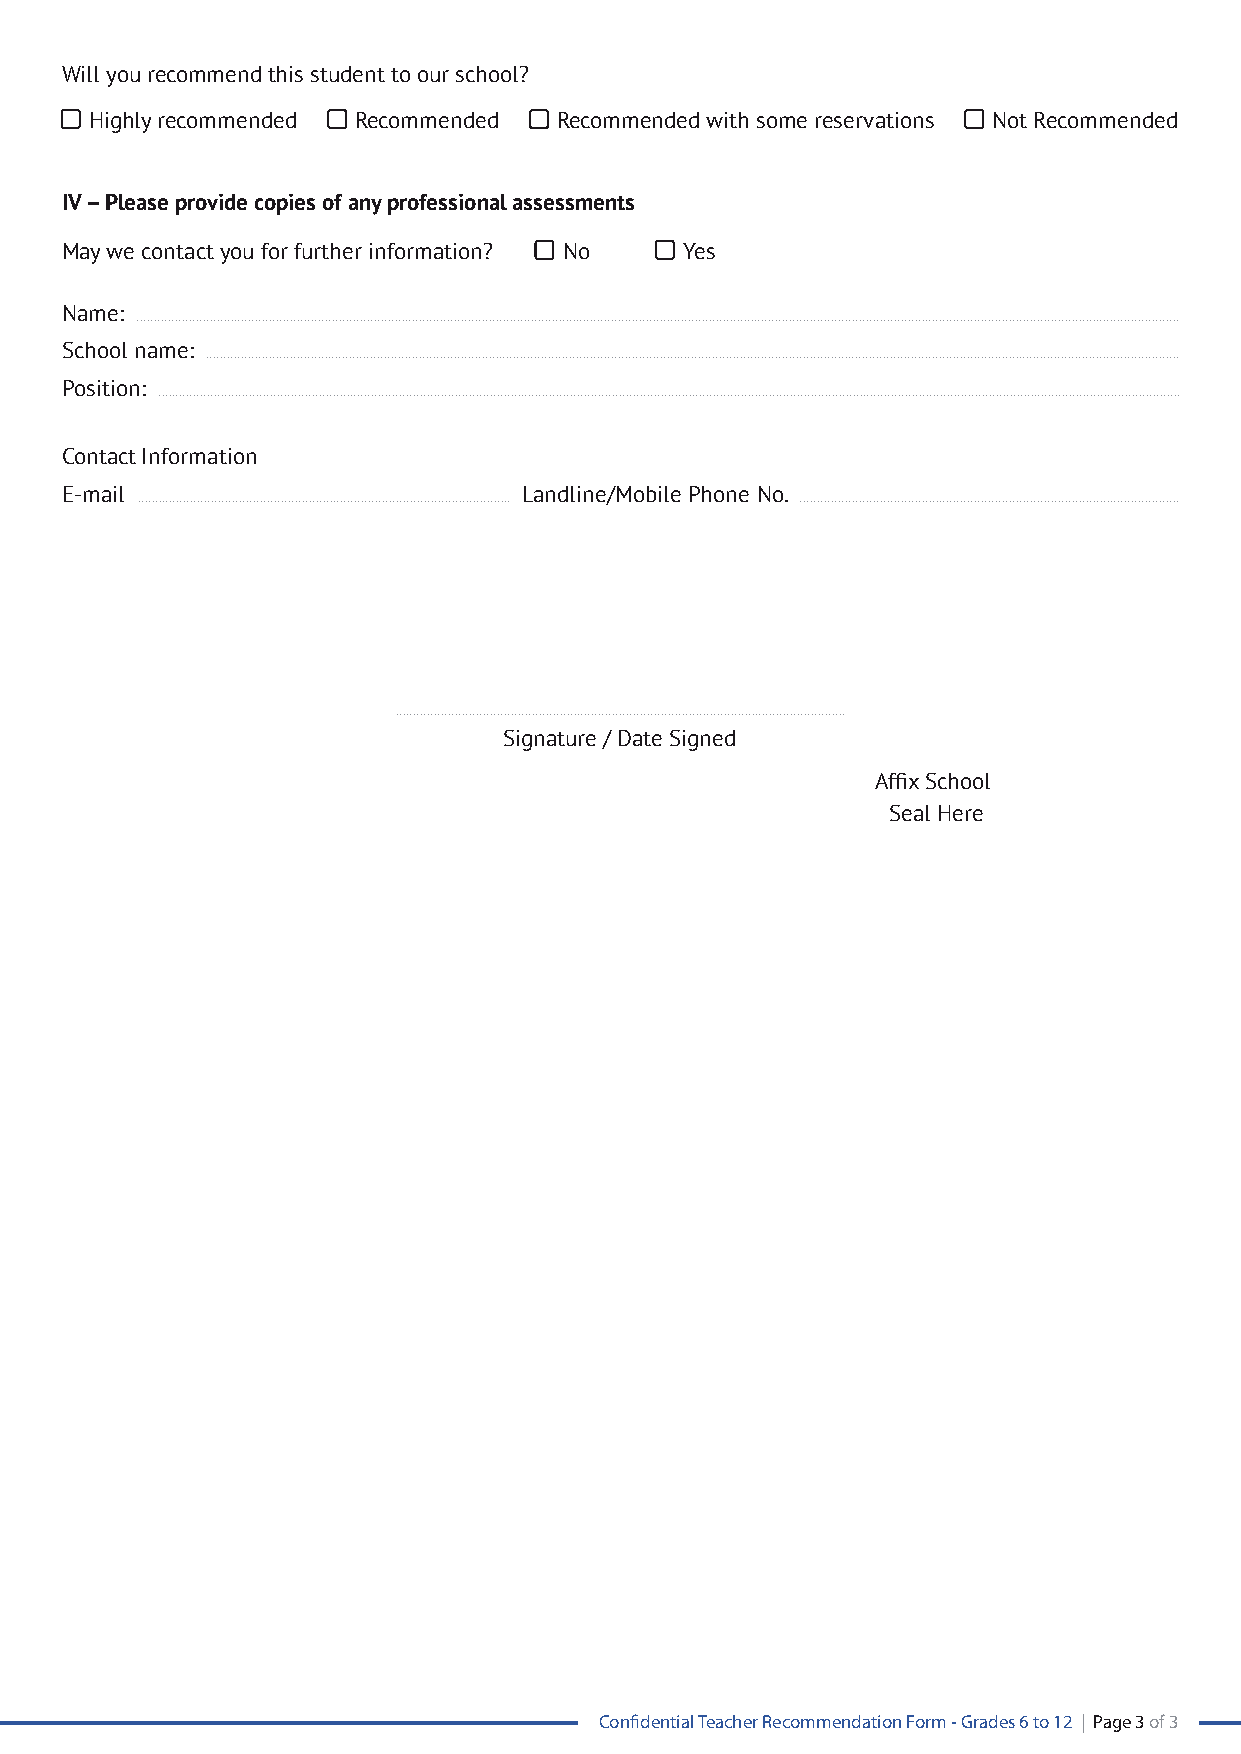
Will you recommend this student to our school?
 Highly recommended Recommended Recommended with some reservations Not Recommended
 IV – Please provide copies of any professional assessments
 May we contact you for further information? No Yes
 Name:
 ...........................................................................................................................................................................................................................................................................................................
 School name:
 .......................................................................................................................................................................................................................................................................................
 Position:
 .....................................................................................................................................................................................................................................................................................................
 Contact Information
 E-mail                         Landline/Mobile Phone No.
 ........................................................................................................... .............................................................................................................
 .................................................................................................................................
 Signature / Date Signed
 Affix School
 Seal Here
 Confidential Teacher Recommendation Form - Grades 6 to 12 | Page 3 of 3